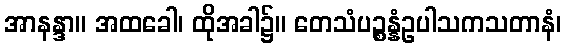
အာနန္ဒာ။ အထခေါ၊ ထိုအခါ၌။ တေသံပဉ္စန္နံဥပါသကသတာနံ၊